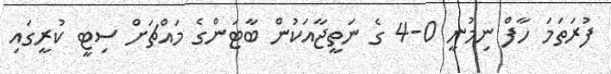
ފުރަތަމަ ހާފް ނިމުނީ 0-4 ގެ ނަތީޖާއަކުން ބާޓަންގެ މައްޗަށް ސިޓީ ކުރީގައި